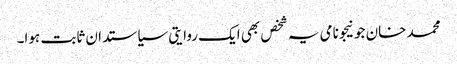
محمد خان جونیجو نامی یہ شخص بھی ایک روایتی سیاستدان ثابت ہوا۔